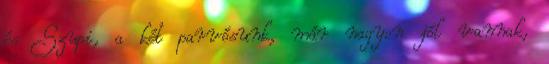
és Szupi, a két parvósunk, már nagyon jól vannak,